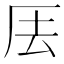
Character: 𠩂